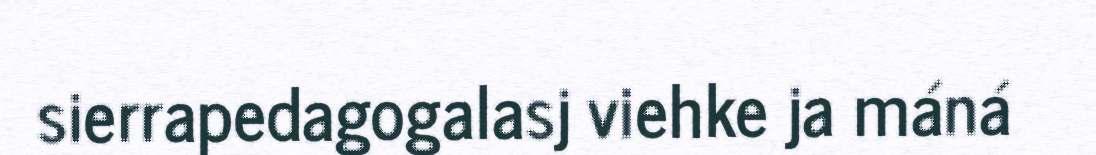
sierrapedagogalasj viehke ja máná